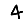
Digit: 4